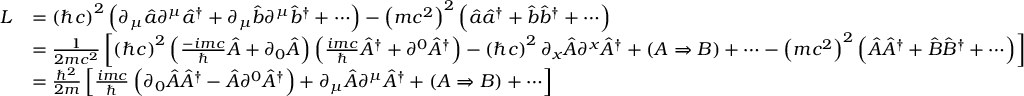
{ \begin{array} { r l } { L } & { = \left( \hbar c \right) ^ { 2 } \left( \partial _ { \mu } { \hat { a } } \partial ^ { \mu } { \hat { a } } ^ { \dagger } + \partial _ { \mu } { \hat { b } } \partial ^ { \mu } { \hat { b } } ^ { \dagger } + \cdots \right) - \left( m c ^ { 2 } \right) ^ { 2 } \left( { \hat { a } } { \hat { a } } ^ { \dagger } + { \hat { b } } { \hat { b } } ^ { \dagger } + \cdots \right) } \\ & { = { \frac { 1 } { 2 m c ^ { 2 } } } \left[ \left( \hbar c \right) ^ { 2 } \left( { \frac { - i m c } { \hbar } } { \hat { A } } + \partial _ { 0 } { \hat { A } } \right) \left( { \frac { i m c } { \hbar } } { \hat { A } } ^ { \dagger } + \partial ^ { 0 } { \hat { A } } ^ { \dagger } \right) - \left( \hbar c \right) ^ { 2 } \partial _ { x } { \hat { A } } \partial ^ { x } { \hat { A } } ^ { \dagger } + ( A \Rightarrow B ) + \cdots - \left( m c ^ { 2 } \right) ^ { 2 } \left( { \hat { A } } { \hat { A } } ^ { \dagger } + { \hat { B } } { \hat { B } } ^ { \dagger } + \cdots \right) \right] } \\ & { = { \frac { \hbar ^ { 2 } } { 2 m } } \left[ { \frac { i m c } { \hbar } } \left( \partial _ { 0 } { \hat { A } } { \hat { A } } ^ { \dagger } - { \hat { A } } \partial ^ { 0 } { \hat { A } } ^ { \dagger } \right) + \partial _ { \mu } { \hat { A } } \partial ^ { \mu } { \hat { A } } ^ { \dagger } + ( A \Rightarrow B ) + \cdots \right] } \end{array} }